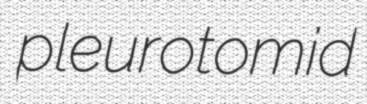
pleurotomid